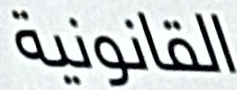
القانونية